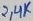
Text: 2,4K